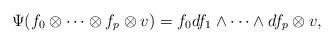
LaTeX: \begin{align*}\Psi(f_{0}\otimes \dots \otimes f_{p}\otimes v)= f_{0}df_{1}\wedge \dots\wedge df_{p} \otimes v,\end{align*}